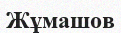
Жұмашов